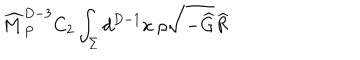
LaTeX: { \widehat M } _ { P } ^ { D - 3 } C _ { 2 } \int _ { \Sigma } d ^ { D - 1 } x ~ \rho \sqrt { - { \widehat G } } { \widehat R }